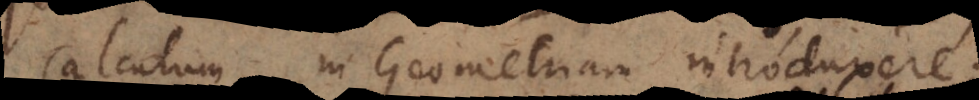
Calculum in Geometriam introduxere,